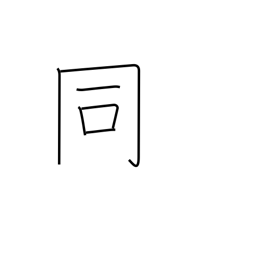
Meaning: same